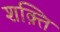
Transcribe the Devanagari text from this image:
शक़्ति